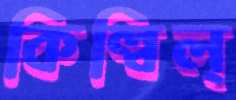
কিল্‌বিল্‌